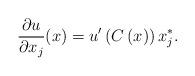
LaTeX: \begin{align*}\frac{\partial u}{\partial x_{j}}(x)=u^{\prime}\left( C\left( x\right)\right) x_{j}^{\ast}.\end{align*}